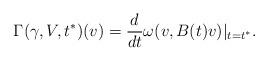
LaTeX: \begin{align*}\Gamma(\gamma,V,t^*)(v)=\frac{d}{dt}\omega(v,B(t)v)|_{t=t^*}.\end{align*}